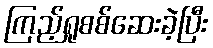
ကြည့်ရှုစစ်ဆေးခဲ့ပြီး